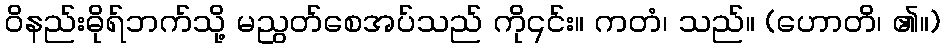
ဝိနည်းဓိုရ်ဘက်သို့ မညွတ်စေအပ်သည် ကို၎င်း။ ကတံ၊ သည်။ (ဟောတိ၊ ၏။)